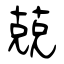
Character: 兢